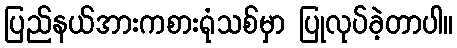
ပြည်နယ်အားကစားရုံသစ်မှာ ပြုလုပ်ခဲ့တာပါ။